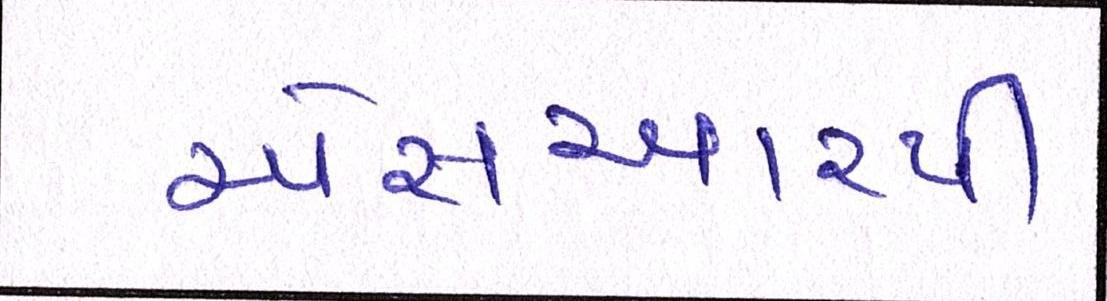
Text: એસઆરપી